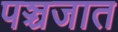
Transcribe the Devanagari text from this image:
पञ्चजात